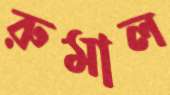
রুমাল